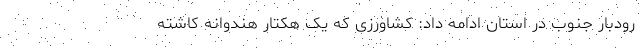
رودبار جنوب در استان ادامه داد: کشاورزی که یک هکتار هندوانه کاشته